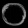
Digit: ၀